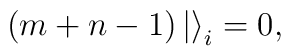
(m + n - 1)\left|\right>_i = 0,